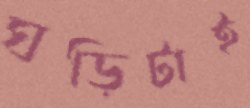
ঘড়িটাই